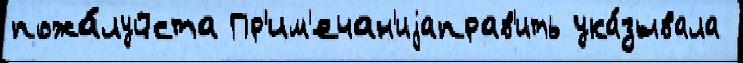
пожа́луйста Пр'им'ечан'иjаправ'ить ука́зывала